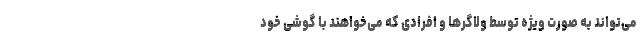
می‌تواند به صورت ویژه توسط ولاگرها و افرادی که می‌خواهند با گوشی خود